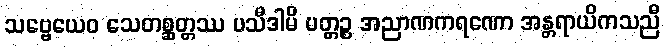
သဗ္ဗေယေဝ သေတစ္ဆတ္တဿ ပသီဒါမိ ပတ္တဉ္စ အညာဏကရဏော အန္တရာယိကသညီ